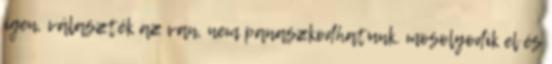
igen, választék az van, nem panaszkodhatunk. mosolyodik el és